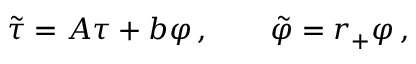
\tilde { \tau } = A \tau + b \varphi \, , \qquad \tilde { \varphi } = r _ { + } \varphi \, ,